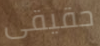
حقيقى